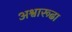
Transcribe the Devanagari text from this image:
अश्वारूढा